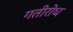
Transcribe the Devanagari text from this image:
गतीरोध